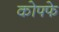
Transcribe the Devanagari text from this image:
कोफ्फे